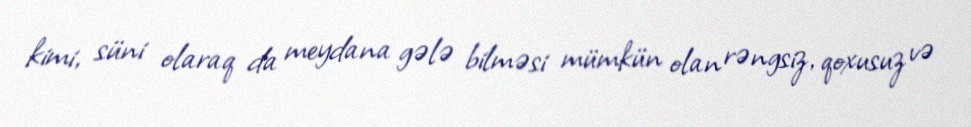
kimi, süni olaraq da meydana gələ bilməsi mümkün olan rəngsiz, qoxusuz və